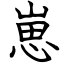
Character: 崽